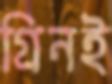
গ্রিনই